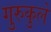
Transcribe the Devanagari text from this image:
गुरुकुले